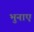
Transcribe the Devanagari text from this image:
भुनाए